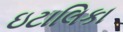
ઇટાલિકા